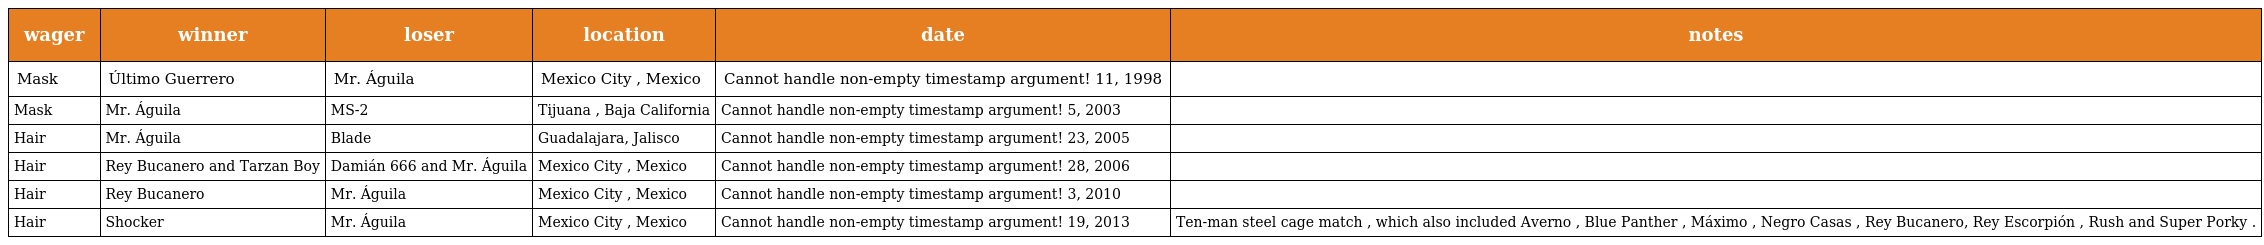
| wager | winner | loser | location | date | notes |
 | --- | --- | --- | --- | --- | --- |
 | Mask | Último Guerrero | Mr. Águila | Mexico City , Mexico | Cannot handle non-empty timestamp argument! 11, 1998 |  |
 | Mask | Mr. Águila | MS-2 | Tijuana , Baja California | Cannot handle non-empty timestamp argument! 5, 2003 |  |
 | Hair | Mr. Águila | Blade | Guadalajara, Jalisco | Cannot handle non-empty timestamp argument! 23, 2005 |  |
 | Hair | Rey Bucanero and Tarzan Boy | Damián 666 and Mr. Águila | Mexico City , Mexico | Cannot handle non-empty timestamp argument! 28, 2006 |  |
 | Hair | Rey Bucanero | Mr. Águila | Mexico City , Mexico | Cannot handle non-empty timestamp argument! 3, 2010 |  |
 | Hair | Shocker | Mr. Águila | Mexico City , Mexico | Cannot handle non-empty timestamp argument! 19, 2013 | Ten-man steel cage match , which also included Averno , Blue Panther , Máximo , Negro Casas , Rey Bucanero, Rey Escorpión , Rush and Super Porky . |